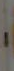
.